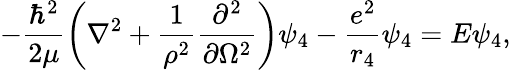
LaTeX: -\frac{\hbar^{2}}{2\mu}\left(\nabla^{2}+\frac{1}{\rho^{2}}\frac{\partial^{2}}{\partial\Omega^{2}}\right)\psi_{4}-\frac{e^{2}}{r_{4}}\psi_{4}=E\psi_{4},